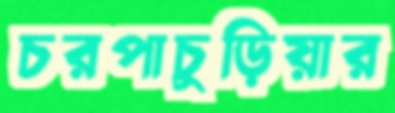
চরপাচুড়িয়ার